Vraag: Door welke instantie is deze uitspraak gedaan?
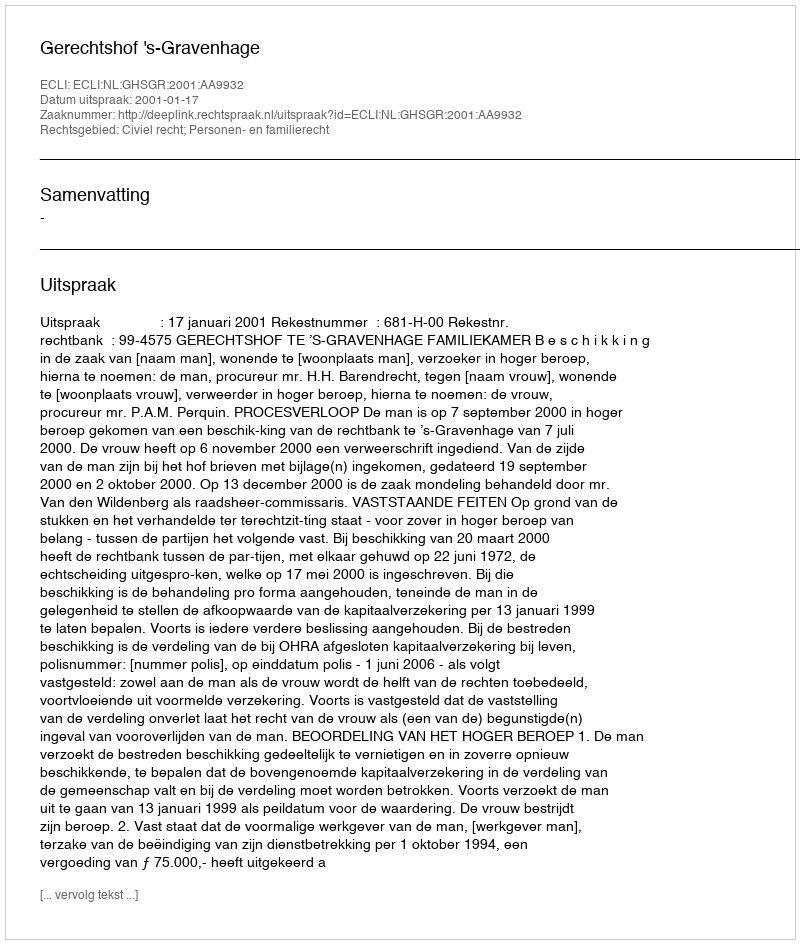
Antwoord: Gerechtshof 's-Gravenhage